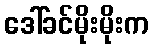
ဒေါ်ခင်မိုးမိုးက